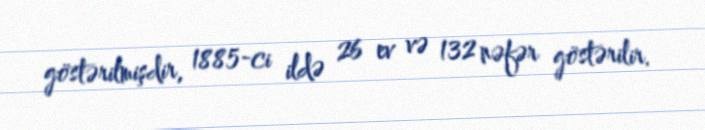
göstərilmişdir, 1885-ci ildə 26 ev və 132 nəfər göstərilir.